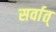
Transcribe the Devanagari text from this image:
सर्वात्